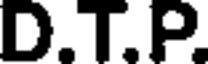
D.T.P.